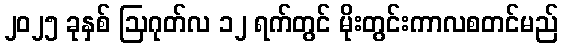
၂၀၂၅ ခုနှစ် ဩဂုတ်လ ၁၂ ရက်တွင် မိုးတွင်းကာလစတင်မည်